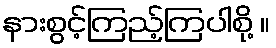
နားစွင့်ကြည့်ကြပါစို့ ။